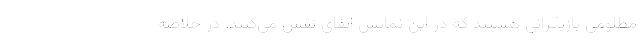
مظلومی بازیگرانی هستند که در این نمایش ایفای نقش می‌کنند. در خلاصه